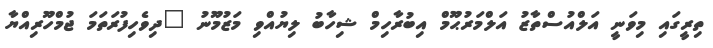
ތިރީގައި މިވަނީ އަލްއުސްތާޒު އަލްމަރުޙޫމް އިބުރާހިމް ޝިހާބު ލިޔުއްވި މަޒުމޫނު "ދިވެހިފުރަތަމަ ޖުމްހޫރިއްޔާ